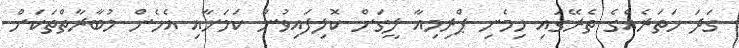
ގަދަ ހަތަރެއްގެ ތެރޭގައި ހިމެނި ޕްރިމިއާ ލީގަށް ކޮލިފައިވުން ކަމަށާއި އެހެން މުބާރާތްތަކަށް